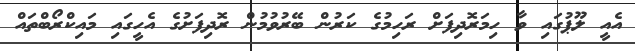
އެއީ ލޫޕުގައި ވާ ހިމަރޮދިފަށް ރަހިމުގެ ކަރުން ބޭރުވުމުން ރޮދިފަށުގެ އެހީގައި މައިކްރޯބްތައް